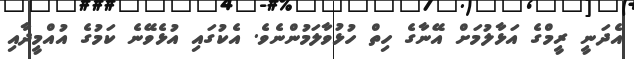
އެދަނީ ރީމްގެ އަޅާލުމަށް އޭނާގެ ހިތް ހުޅުވާލަމުންނެވެ. އެކުގައި އުޅެވޭނެ ކަމުގެ އުއްމީދާއި